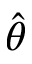
\Hat { \theta }